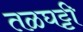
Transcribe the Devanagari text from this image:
तळघट्टी